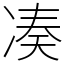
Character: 凑